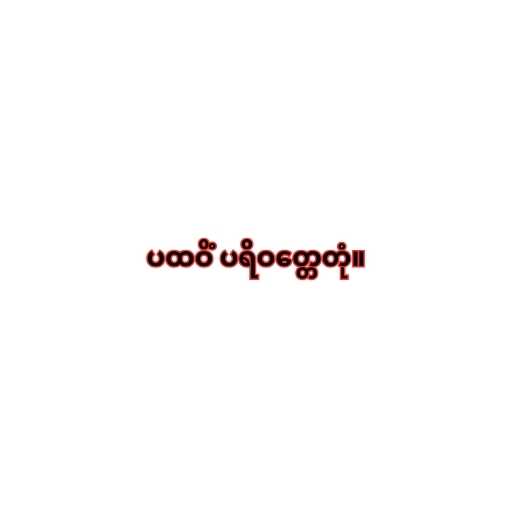
ပထဝိံ ပရိဝတ္တေတုံ။